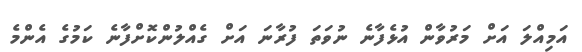
އަމިއްލަ އަށް މަރުވާން އުޅެފާނެ ނުވަތަ ފުރާނަ އަށް ގެއްލުންކޮށްފާނެ ކަމުގެ އެންމެ